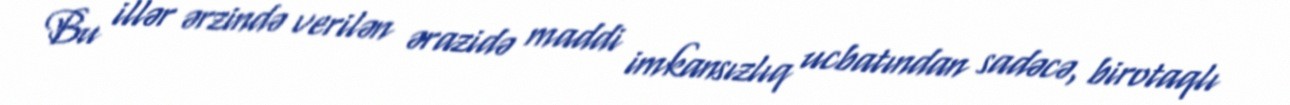
Bu illər ərzində verilən ərazidə maddi imkansızlıq ucbatından sadəcə, birotaqlı